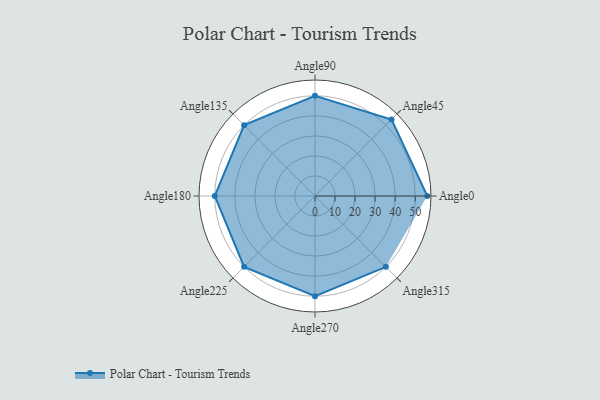
{"axis": {"x": "Angle", "y": "Radius"}, "legend": [""], "data": [{"x": "Angle0", "y": 56.0, "type": ""}, {"x": "Angle45", "y": 54.0, "type": ""}, {"x": "Angle90", "y": 50, "type": ""}, {"x": "Angle135", "y": 50, "type": ""}, {"x": "Angle180", "y": 50, "type": ""}, {"x": "Angle225", "y": 50, "type": ""}, {"x": "Angle270", "y": 50, "type": ""}, {"x": "Angle315", "y": 50, "type": ""}]}